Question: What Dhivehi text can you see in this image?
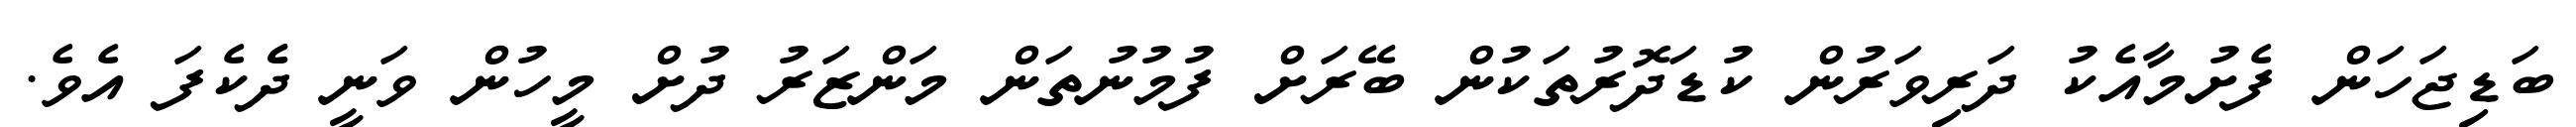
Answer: ބަޑިޖަހަން ފެށުމާއެކު ދަރިވަރުން ކުޑަދޮރުތަކުން ބޭރަށް ފުމުނުތަން މަންޒަރު ދުށް މީހުން ވަނީ ދެެކެފަ އެވެ.